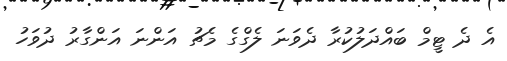
އެ ދެ ޓީމް ބައްދަލުކުރާ ދެވަނަ ލެގްގެ މެޗު އަންނަ އަންގާރު ދުވަހު